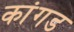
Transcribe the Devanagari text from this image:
कांगड